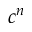
c ^ { n }